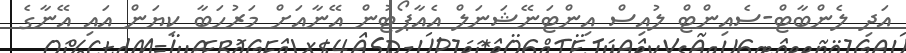
އަދި ލެންބާޓް-ސެއިންޓް ލުއިސް އިންޓަނޭޝަނަލް އެއާޕޯޓުން އޭނާއަށް މަރުހަބާ ކިޔަން އައި އޭނާގެ